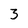
Character: 3